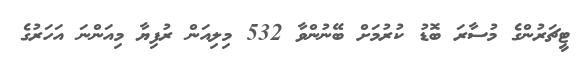
ޓީޗަރުންގެ މުސާރަ ބޮޑު ކުރުމަށް ބޭނުންވާ 532 މިލިއަން ރުފިޔާ މިއަންނަ އަހަރުގެ